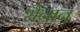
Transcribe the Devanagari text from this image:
शैनान